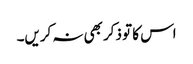
اس کا تو ذکر بھی نہ کریں۔